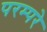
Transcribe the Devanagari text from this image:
परम्परे